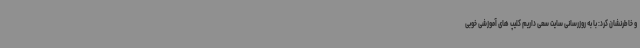
و خاطرنشان کرد: با به روزرسانی سایت سعی داریم کلیپ های آموزشی خوبی